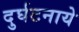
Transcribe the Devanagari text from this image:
दुर्घटनाये